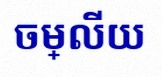
ចម្លើយ